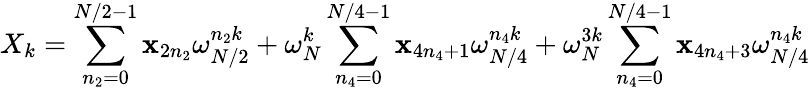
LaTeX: X_{k}=\sum_{n_{2}=0}^{N/2-1}\mathbf{x}_{2n_{2}}\omega_{N/2}^{n_{2}k}+\omega_{N}^{k}\sum_{n_{4}=0}^{N/4-1}\mathbf{x}_{4n_{4}+1}\omega_{N/4}^{n_{4}k}+\omega_{N}^{3k}\sum_{n_{4}=0}^{N/4-1}\mathbf{x}_{4n_{4}+3}\omega_{N/4}^{n_{4}k}